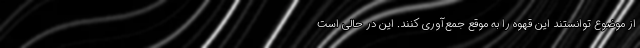
از موضوع توانستند این قهوه را به موقع جمع‌آوری کنند. این در حالی است